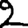
Digit: 2